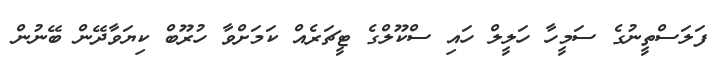
ފަލަސްތީނުގެ ސަމީހާ ހަލީލް ހައި ސްކޫލްގެ ޓީޗަރެއް ކަމަށްވާ ހުރޫބް ކިޔަވާދޭން ބޭނުން